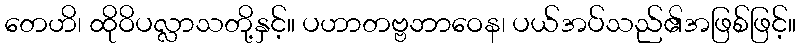
တေဟိ၊ ထိုဝိပလ္လာသတို့နှင့်။ ပဟာတဗ္ဗဘာဝေန၊ ပယ်အပ်သည်၏အဖြစ်ဖြင့်။